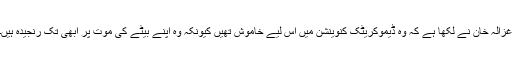
غزالہ خان نے لکھا ہے کہ وہ ڈیموکریٹک کنوینشن میں اس لیے خاموش تھیں کیونکہ وہ اپنے بیٹے کی موت پر ابھی تک رنجیدہ ہیں۔